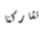
تشاركنا